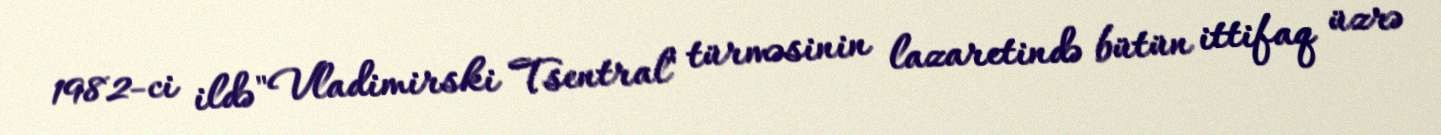
1982-ci ildə "Vladimirski Tsentral" türməsinin lazaretində bütün ittifaq üzrə